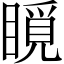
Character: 𥊋